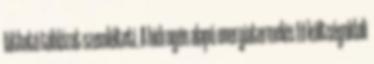
látható táblázat szemlélteti. A hidrogén alapú energiatermelés fő költségoldali